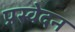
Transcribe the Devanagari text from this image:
प्रस्वेदन